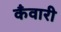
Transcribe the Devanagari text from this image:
कँवारी